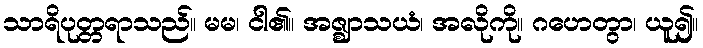
သာရိပုတ္တရာသည်။ မမ၊ ငါ၏။ အဇ္ဈာသယံ၊ အလိုကို။ ဂဟေတွာ၊ ယူ၍။